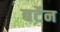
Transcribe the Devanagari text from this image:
बर्टेन